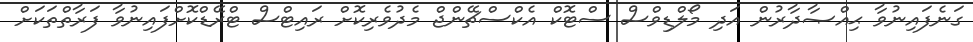
ގަނެފައިނުވާ ޙިއްޞާދާރުން އަދި މޯލްޑިވްސް ސްޓޮކް އެކްސްޗޭންޖް މެދުވެރިކޮށް ރައިޓްސް ޓްރޭޑްކޮށްފައިނުވާ ފަރާތްތަކަށް